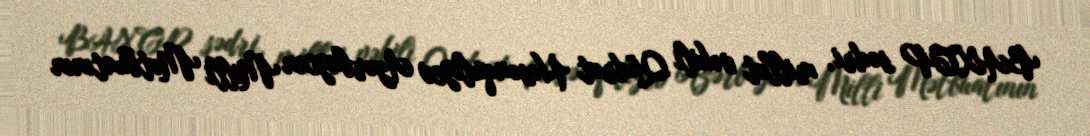
BAXCP sədri, millət vəkili Qüdrət Həsənquliyev Azərbaycan Milli Mətbuatının